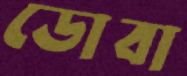
ডোবা